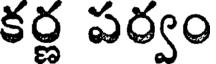
కర్ణ పర్వం